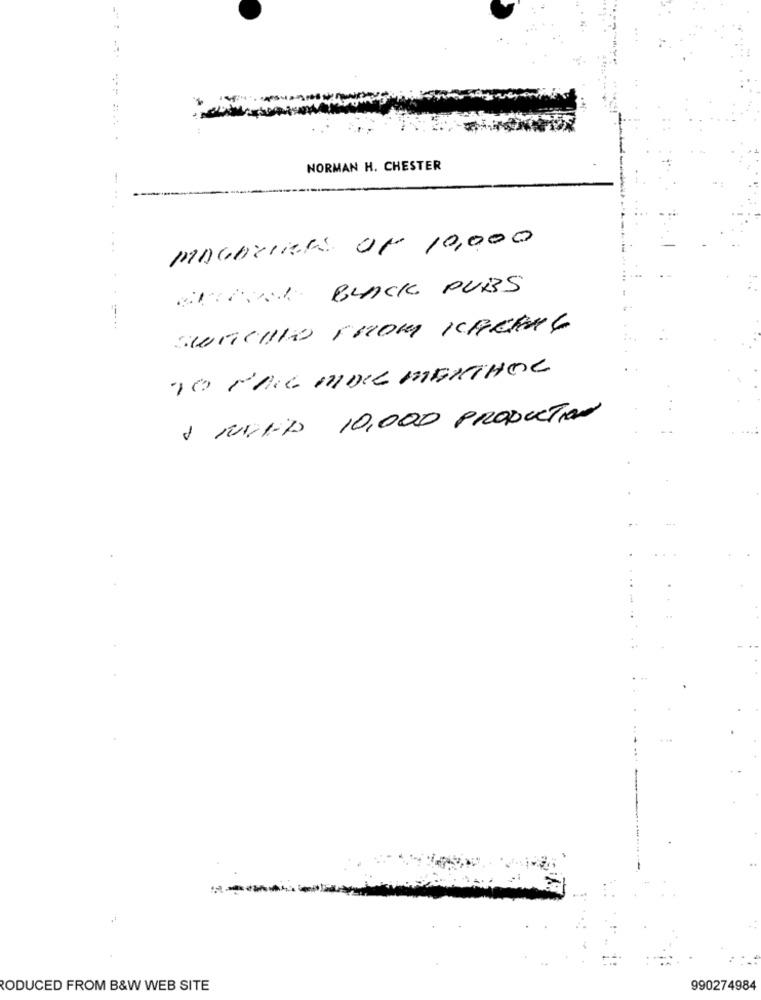
NORMAN H. CHESTER
MACHCIRCLE OF 10,000
UND BLACK PUBS
SWITCHto THOM KAKENE
TO ÉRIC MIDI MENTHOL
1 RUND 10,000 PRODUCTION
RODUCED FROM B&W WEB SITE
990274984